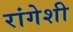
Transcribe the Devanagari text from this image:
रांगेशी